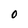
Character: 0